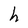
Character: h